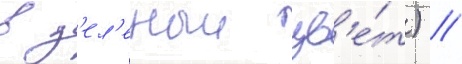
в з'ел'еныи цв'е́т) //